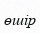
өшір